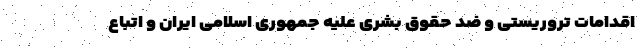
اقدامات تروریستی و ضد حقوق بشری علیه جمهوری اسلامی ایران و اتباع